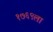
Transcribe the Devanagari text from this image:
१७६९ला